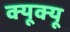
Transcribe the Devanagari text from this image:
क्यूक्यू